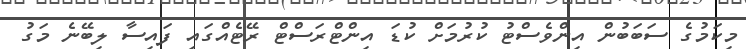
މިކަމުގެ ސަބަބުން އިންވެސްޓު ކުރުމަށް ކުޑަ އިންޓްރަސްޓް ރޭޓެއްގައި ފައިސާ ލިބޭނެ މަގު